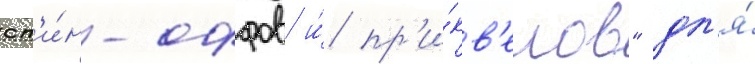
сп'и́н-оффов и́ пр'и́кв'елов" дл'я́